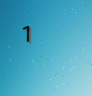
1